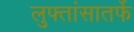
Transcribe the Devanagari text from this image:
लुफ्तांसातर्फे